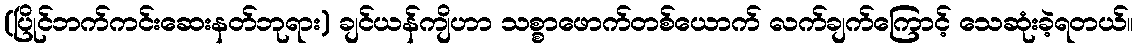
(ပြိုင်ဘက်ကင်းဆေးနတ်ဘုရား) ချင်ယန်ကျိဟာ သစ္စာဖောက်တစ်ယောက် လက်ချက်ကြောင့် သေဆုံးခဲ့ရတယ်။